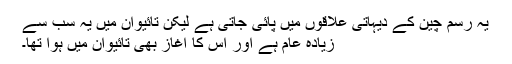
یہ رسم چین کے دیہاتی علاقوں میں پائی جاتی ہے لیکن تائیوان میں یہ سب سے
زیادہ عام ہے اور اس کا آغاز بھی تائیوان میں ہوا تھا۔